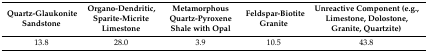
<table><thead><tr><td><b>Quartz-Glaukonite Sandstone</b></td><td><b>Organo-Dendritic, Sparite-Micrite Limestone</b></td><td><b>Metamorphous Quartz-Pyroxene Shale with Opal</b></td><td><b>Feldspar-Biotite Granite</b></td><td><b>Unreactive Component (e.g., Limestone, Dolostone, Granite, Quartzite)</b></td></tr></thead><tbody><tr><td>13.8</td><td>28.0</td><td>3.9</td><td>10.5</td><td>43.8</td></tr></tbody></table>